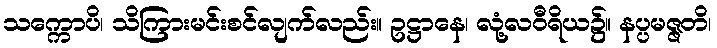
သက္ကောပိ၊ သိကြားမင်းစင်လျက်လည်း။ ဥဋ္ဌာနေ၊ လုံ့လဝီရိယ၌။ နပ္ပမဇ္ဇတိ၊